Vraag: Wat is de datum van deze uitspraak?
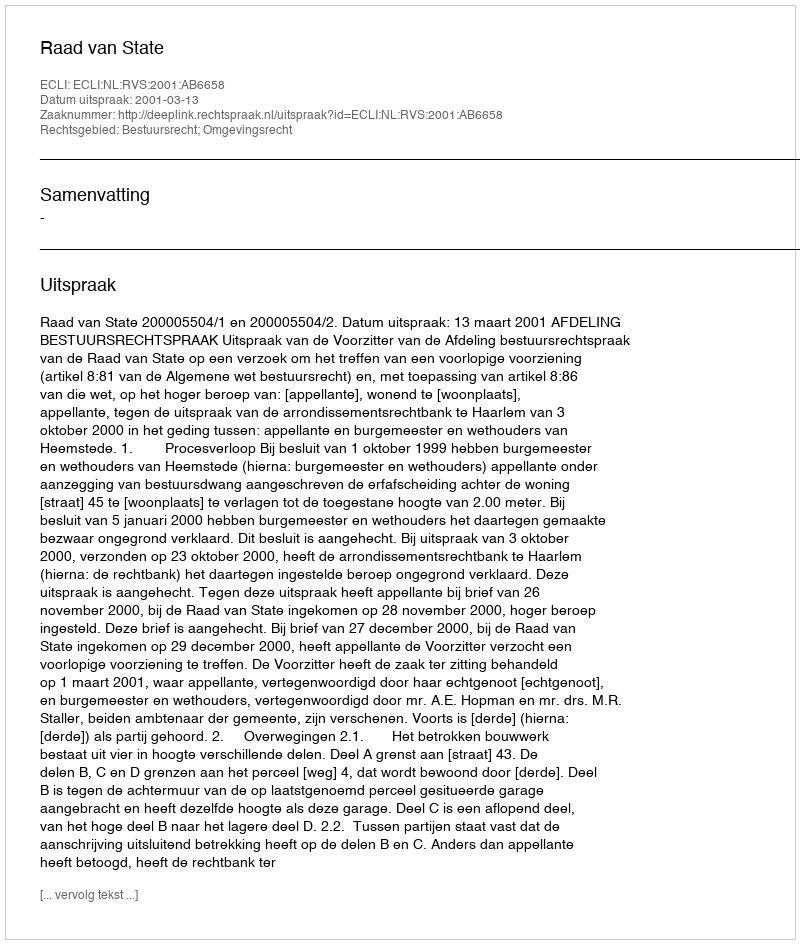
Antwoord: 2001-03-13